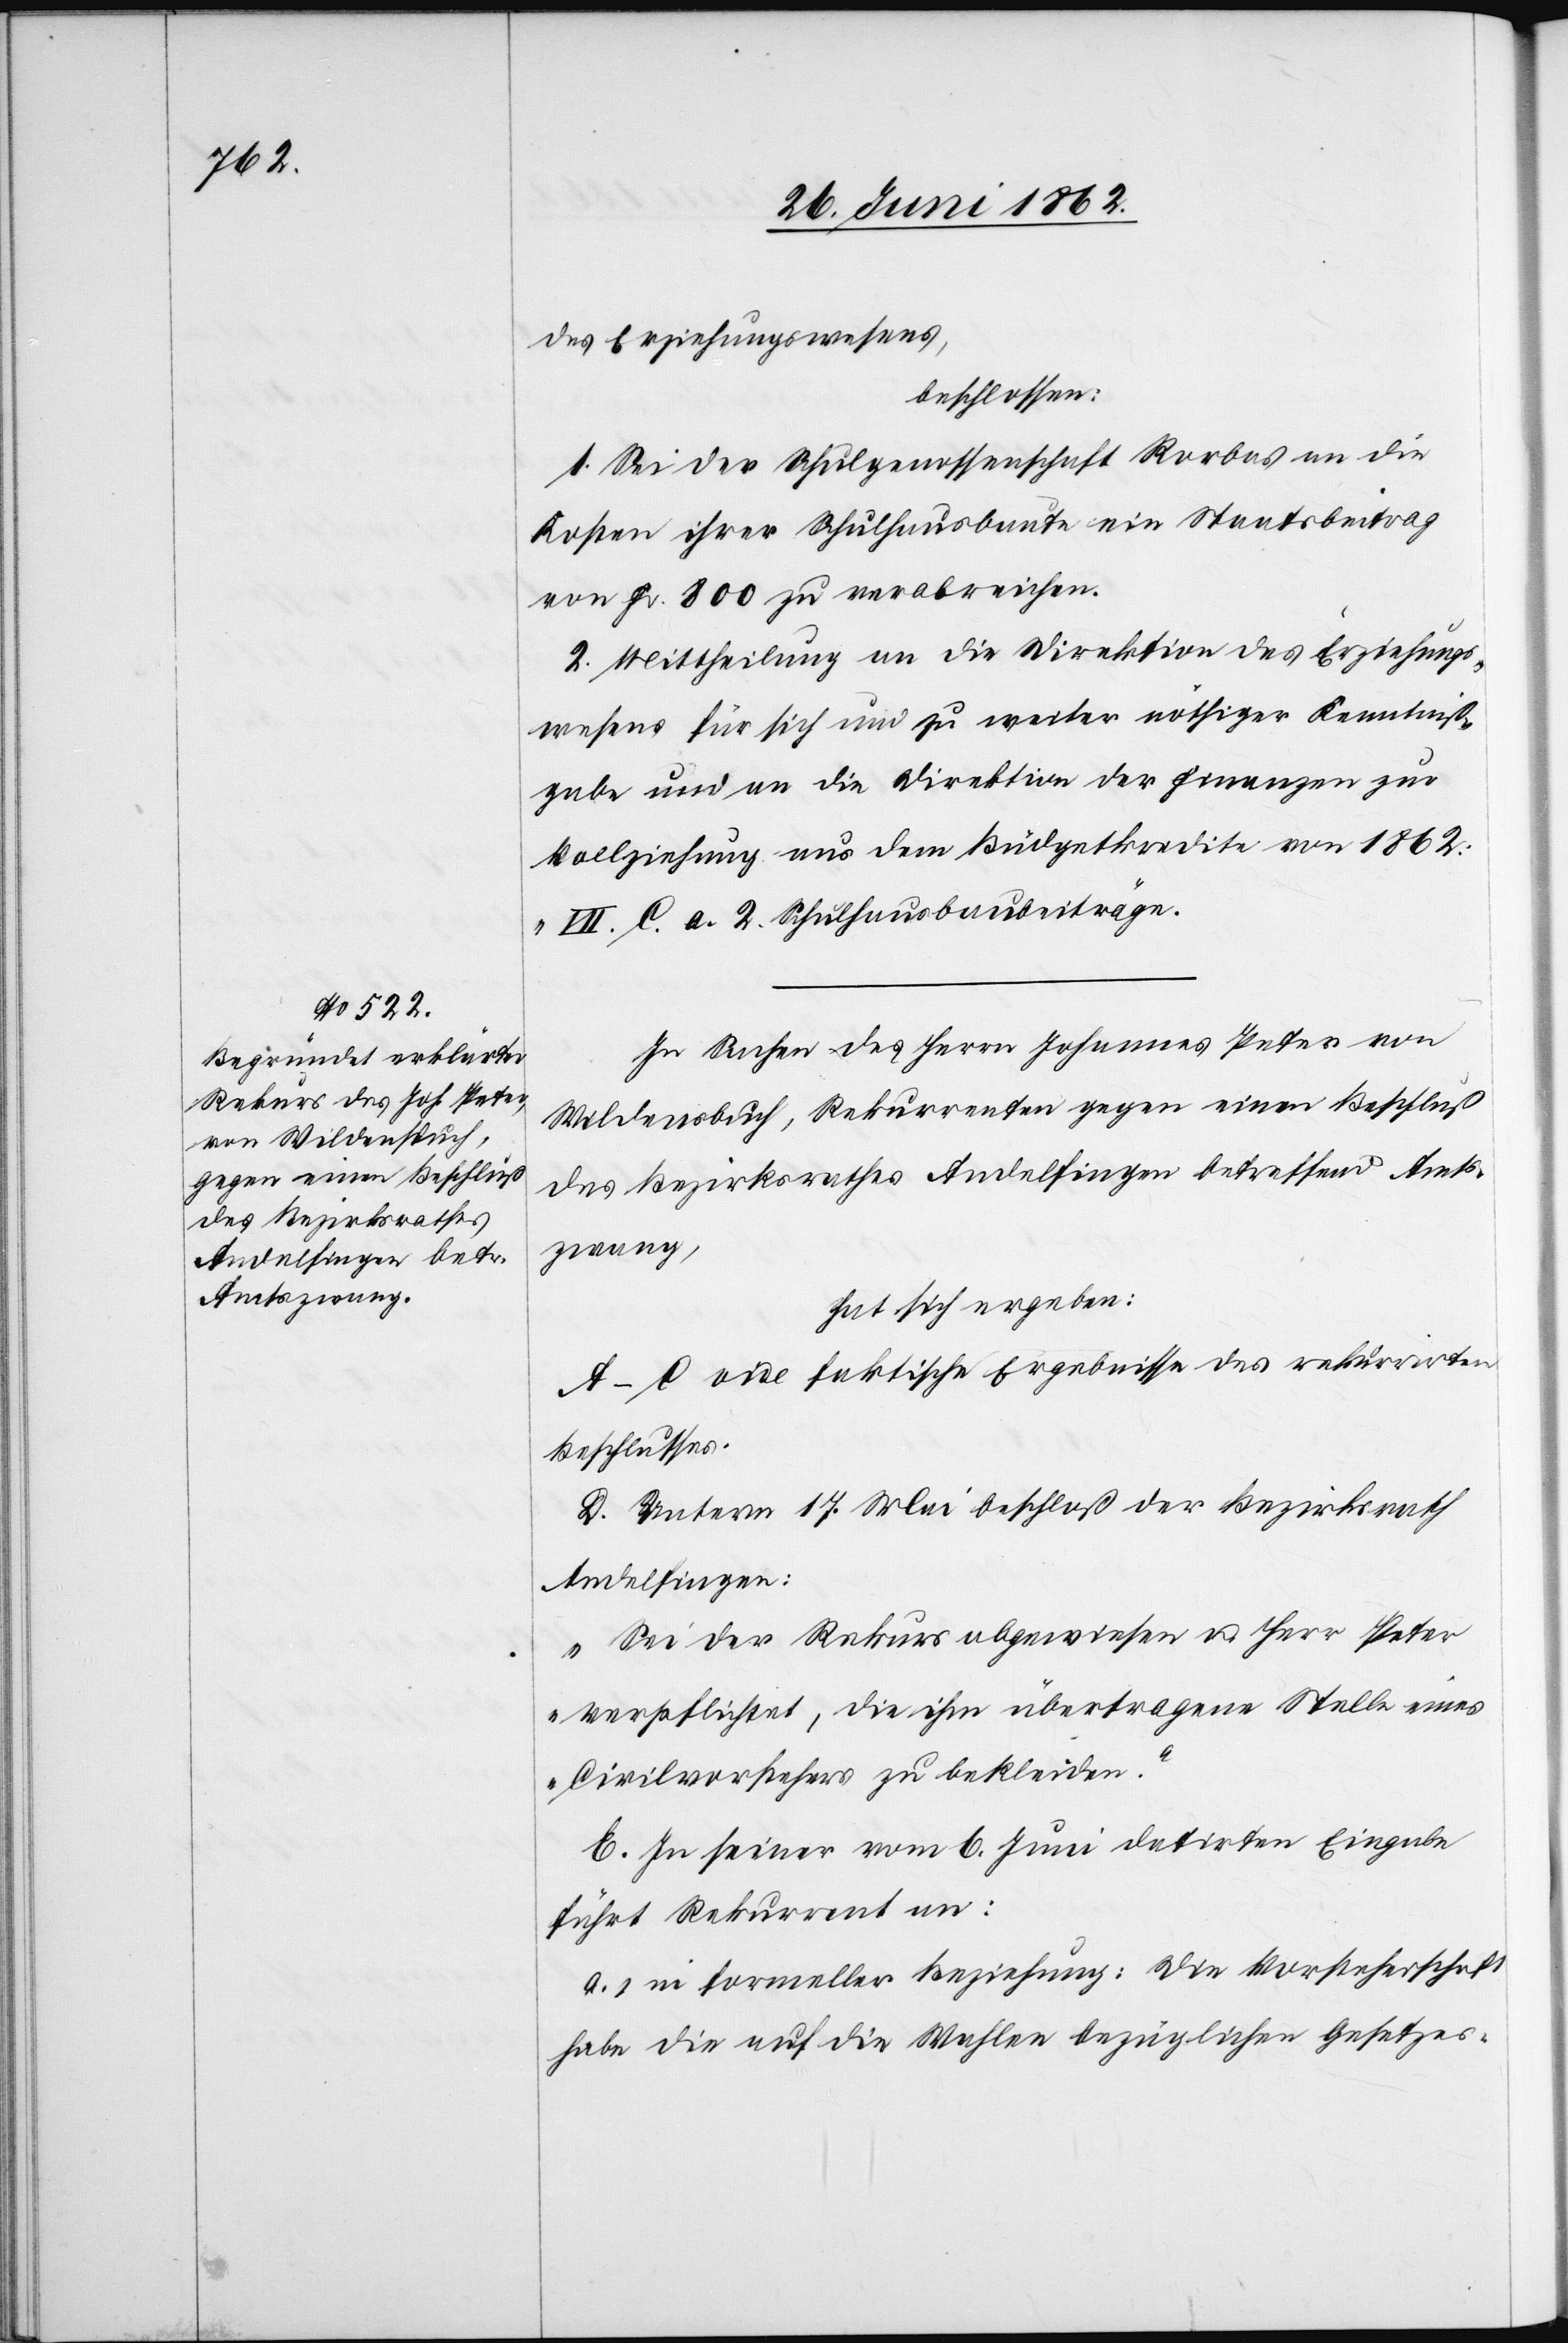
des Erziehungswesens,
beschlossen:
1. Sei der Schulgenossenschaft Rorbas an die
Kosten ihrer Schulhausbaute ein Staatsbeitrag
von Fr. 800 zu verabreichen.
2. Mittheilung an die Direktion des Erziehungs¬
wesens für sich und zu weiter nöthiger Kenntniß¬
gabe und an die Direktion der Finanzen zur
Vollziehung aus dem Büdgetkredite von 1862:
„VII. C. a. 2. Schulhausbaubeiträge.[“]
In Sachen des Herrn Johannes Peter von
Wildensbuch, Rekurrenten gegen einen Beschluß
des Bezirksrathes Andelfingen betreffend Amts¬
zwang,
hat sich ergeben:
A–C vide faktische Ergebnisse des rekurrirten
Beschlusses.
D. Unterm 17. Mai beschloß der Bezirksrath
Andelfingen:
„Sei der Rekurs abgewiesen u. Herr Peter
verpflichtet, die ihm übertragene Stelle eines
Civilvorstehers zu bekleiden.“
E. In seiner vom 6. Juni datirten Eingabe
führt Rekurrent an:
a) in formeller Beziehung: Die Vorsteherschaft
habe die auf die Wahlen bezüglichen Gesetzes-